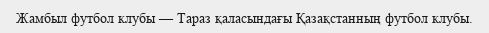
Жамбыл футбол клубы — Тараз қаласындағы Қазақстанның футбол клубы.